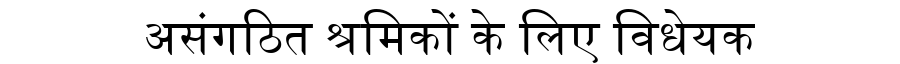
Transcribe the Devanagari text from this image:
असंगठित श्रमिकों के लिए विधेयक